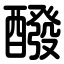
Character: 醱